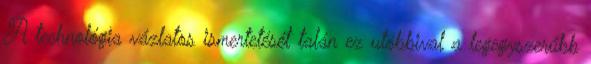
A technológia vázlatos ismertetését talán ez utóbbival a legegyszerűbb